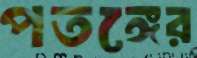
পতঙ্গের